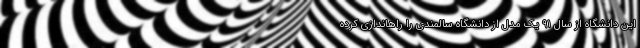
این دانشگاه از سال ۹۱ یک مدل از دانشگاه سالمندی را راهاندازی کرده